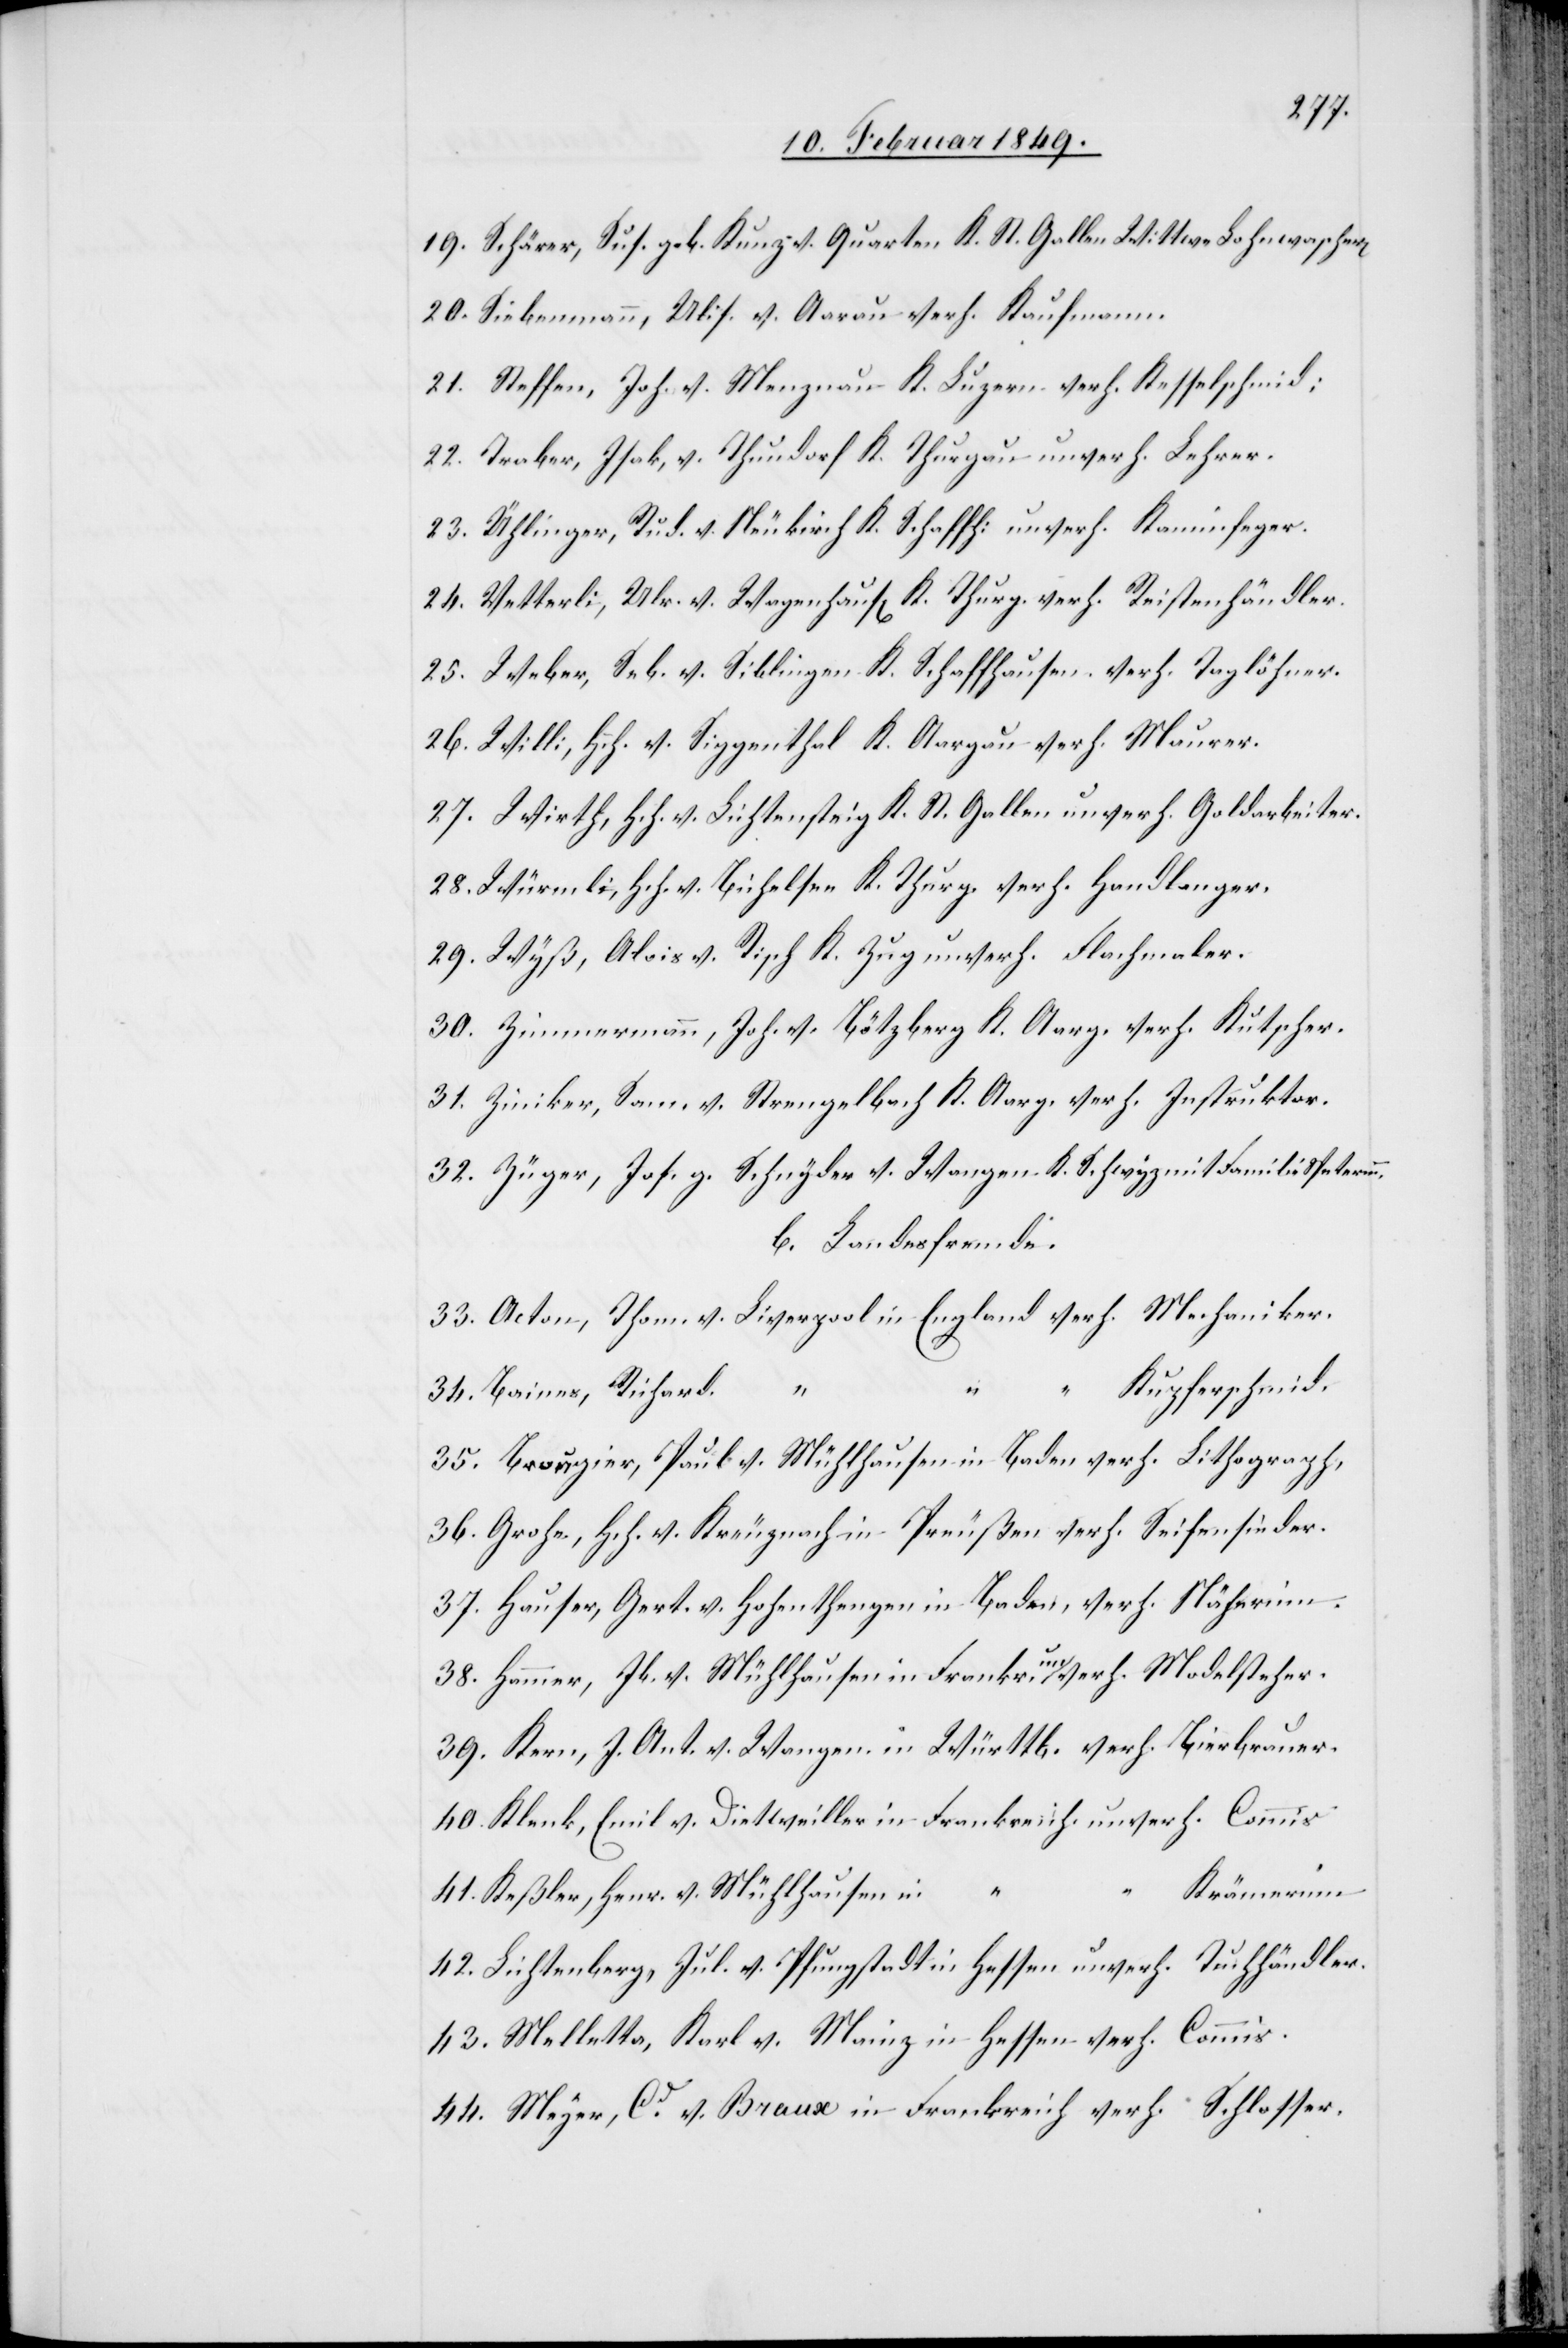
19. Schärer, Sus. geb. Kunz v. Quarten K. St. Gallen Wittwe Lohnwascher[in]
20. Siebenmann, Ulis. v. Aarau verh. Kaufmann.
21. Steffen, Joh. v. Menznau K. Luzern verh. Kesselschmid;
22. Traber, Isak, v. Thundorf K. Thurgau unverh. Lehrer.
23. Ühlinger, Rud. v. Neukirch K. Schaffh: unverh. Kaminfeger.
24. Vetterli, Ulr. v. Wagenhaus[en] K. Thurg. verh. Reistenhändler.
25. Weber, Seb. v. Siblingen K. Schaffhausen verh. Taglöhner.
26. Willi, Hch. v. Siggenthal K. Aargau verh. Maurer.
27. Wirth, Hch. v. Lichtensteig K. St. Gallen unverh. Goldarbeiter.
28. Würmli, Hch. v. Bichelsee K. Thurg. verh. Handlanger.
29. Wyß, Alois v. Risch K. Zug unverh. Flachmaler.
30. Zimmermann, Joh. v. Bötzberg K. Aarg. verh. Kutscher.
31. Ziniker, Sam. v. Strengelbach K. Aarg. verh. Instruktor.
32. Züger, Jos. g. Schnyder v. Wangen K. Schwyz mit Familie Speterinn.
b. Landesfremde.
33. Acton, Thom. v. Liverpool in England verh. Mechaniker.
“ Kupferschmid.
34. Baines, Richard.
35. Brougier, Paul v. Mühlhausen in Baden verh. Lithograph,
36. Grohe, Hch. v. Kreuznach in Preußen verh. Seifensieder.
37. Hauser, Gert. v. Hohenthengen in Baden, verh. Näherinn.
38. Hammer, Jb. v. Mühlhausen in Frankr. unverh. Modelsteher
39. Kern, J. Ant. v. Wangen in Württb. verh. Bierbrauer.
40. Klenk, Emil. v. Dietweiller in Frankreich unverh. Commis
Krämerinn
41. Keßler, Henr. v. Mühlhausen in
42. Lichtenberg, Jul. v. Pfungstadt in Hessen unverh. Tuchhändler.
43. Melletta, Karl v. Mainz in Hessen verh. Commis.
44. Meyer, Cd. v. Braux in Frankreich verh. Schlosser.